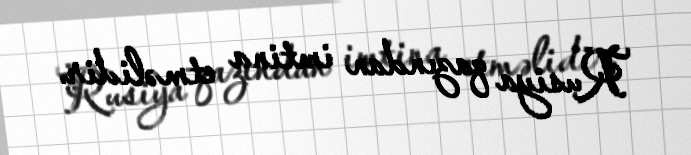
Rusiya qazından imtina etməlidir.